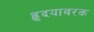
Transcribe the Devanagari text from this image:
हृदयावरक